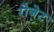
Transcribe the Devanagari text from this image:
रोजे़ट